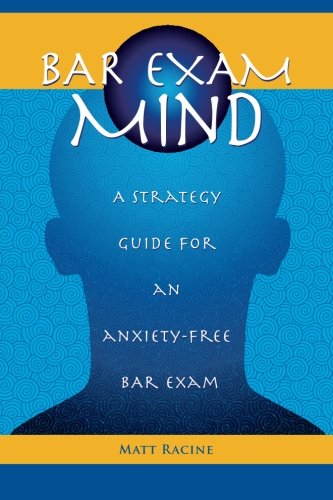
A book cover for Bar Exam Mind: A strategy guide for an anxiety-free bar exam; Matt Racine; Test Preparation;